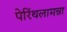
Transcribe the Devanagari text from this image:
पेरिंथलामन्ना